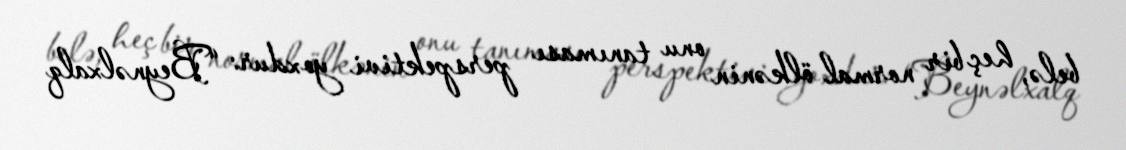
belə, heç bir normal ölkənin onu tanıması perspektivi yoxdur: “Beynəlxalq